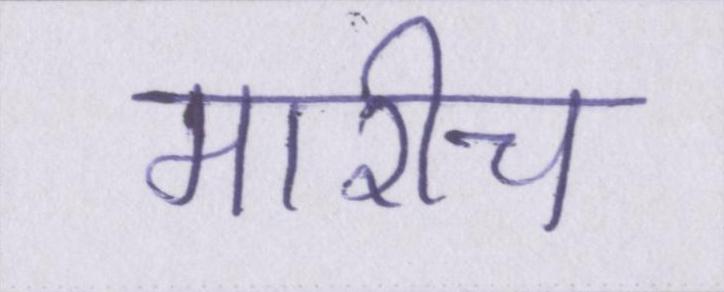
मारीच